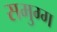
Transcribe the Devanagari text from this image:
समुग्ग